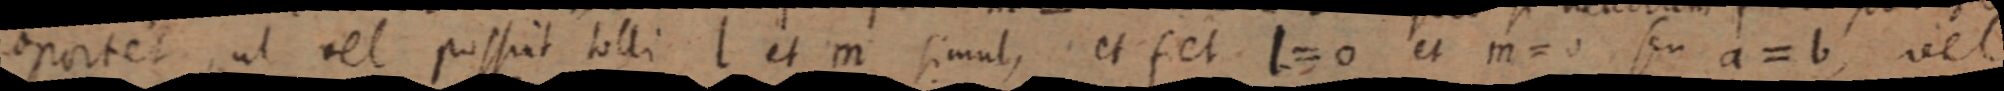
oportet, ut vel possuit tolli l et m simul, et fet l = 0 et m = 0 seu a = b, vel